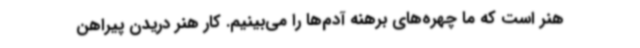
هنر است که ما چهره‌های برهنه آدم‌ها را می‌بینیم. کار هنر دریدن پیراهن